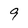
Character: 9